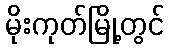
မိုးကုတ်မြို့တွင်